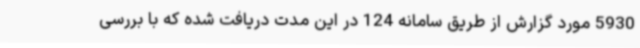
5930 مورد گزارش از طریق سامانه 124 در این مدت دریافت شده که با بررسی